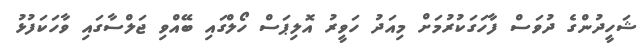
ޝަހީދުންގެ ދުވަސް ފާހަގަކުރުމަށް މިއަދު ހަވީރު އޮލިޕަސް ހޯލްގައި ބޭއްވި ޖަލްސާގައި ވާހަކަފުޅު